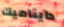
دايناميك